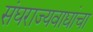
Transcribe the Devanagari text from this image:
संघराज्यवाद्यांचा